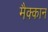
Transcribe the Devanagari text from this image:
मैक्कान